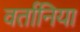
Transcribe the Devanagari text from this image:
वर्तानिया